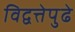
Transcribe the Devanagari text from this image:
विद्वत्तेपुढे